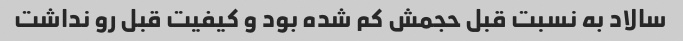
سالاد به نسبت قبل حجمش کم شده بود و کیفیت قبل رو نداشت